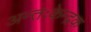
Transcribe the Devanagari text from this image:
अन्तःकेन्द्रक